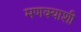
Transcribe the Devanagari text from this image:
मणक्याशी